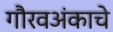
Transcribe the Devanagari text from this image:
गौरवअंकाचे